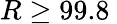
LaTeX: R\ge 99.8\